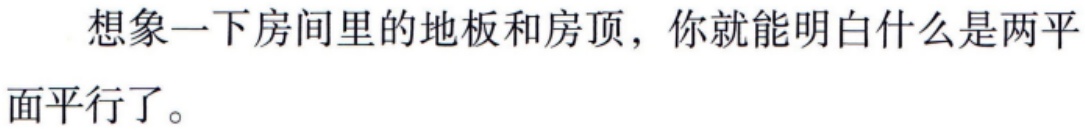
想象一下房间里的地板和房顶，你就能明白什么是两平
面平行了。